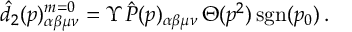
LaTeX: \hat { d } _ { 2 } ( p ) _ { \alpha \beta \mu \nu } ^ { m = 0 } = \Upsilon \, \hat { P } ( p ) _ { \alpha \beta \mu \nu } \, \Theta ( p ^ { 2 } ) \, \mathrm { s g n } ( p _ { 0 } ) \, .